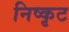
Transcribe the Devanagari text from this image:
निष्कृट